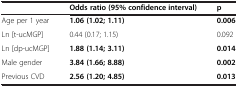
|  | Odds ratio (95%confidence interval) | p |
 | --- | --- | --- |
 | Age per 1 year | 1.06 (1.02; 1.11) | 0.006 |
 | Ln [t-ucMGP] | 0.44 (0.17; 1.15) | 0.092 |
 | Ln [dp-ucMGP] | 1.88 (1.14; 3.11) | 0.014 |
 | Male gender | 3.84 (1.66; 8.88) | 0.002 |
 | Previous CVD | 2.56 (1.20; 4.85) | 0.013 |